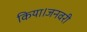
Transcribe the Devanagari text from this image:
किया।जनवरी